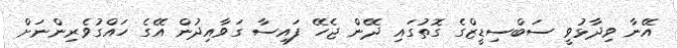
އޭނާ ވިދާޅުވީ ސަބްސިޑީޒްގެ ގޮތުގައި ދޭން ޖެހޭ ފައިސާ ގަވާއިދުން އޭގެ ހައްގުވެރިންނަށް